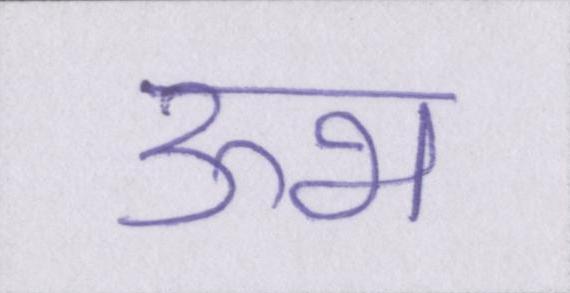
ऊभ